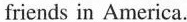
friends in America.